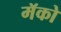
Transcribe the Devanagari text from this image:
मॅको